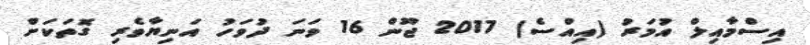
އިސްމާއިލް އުމަރު (އިއްސެ) 2017 ޖޫން 16 ވަނަ ދުވަހު އަނިޔާވެރި ގޮތަކަށް